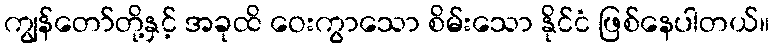
ကျွန်တော်တို့နှင့် အခုထိ ဝေးကွာသော စိမ်းသော နိုင်ငံ ဖြစ်နေပါတယ်။